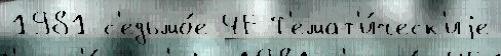
1981 с'едьмо́е ЧЕ Т'емат'и́ческ'иjе